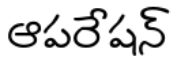
ఆపరేషన్